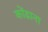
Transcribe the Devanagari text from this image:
कोंढाना